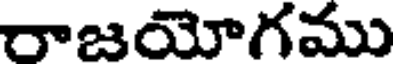
రాజయోగము